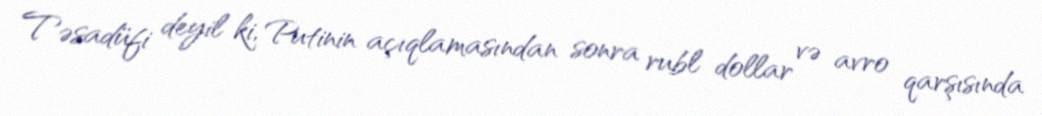
Təsadüfi deyil ki, Putinin açıqlamasından sonra rubl dollar və avro qarşısında